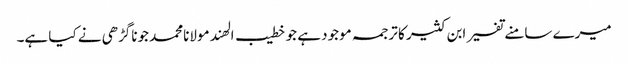
میرے سامنے تفسیر ابن کثیر کا ترجمہ موجود ہے جو خطیب الھند مولانامحمد جوناگڑھی نے کیا ہے۔